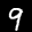
Label: 9